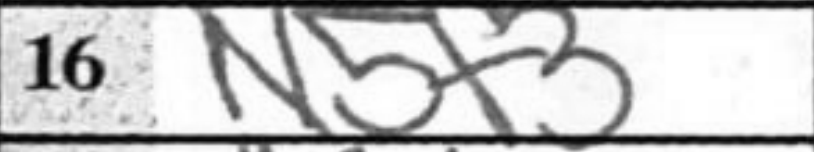
Transcription: N5f3